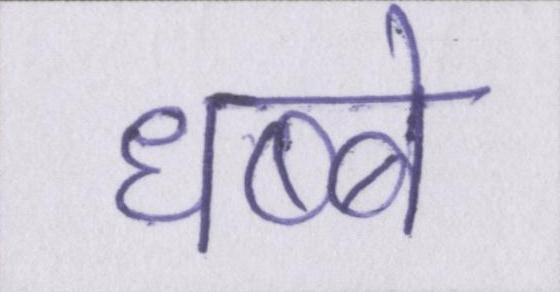
धब्बे